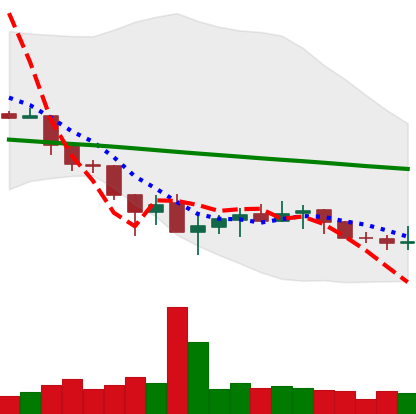
Ticker: XLM-USD
Chart end date: 2019-12-05
Forward return: -3.442%
Label: down_3_5